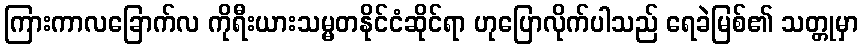
ကြားကာလခြောက်လ ကိုရီးယားသမ္မတနိုင်ငံဆိုင်ရာ ဟုပြောလိုက်ပါသည် ရေခဲမြစ်၏ သတ္တုမှာ